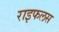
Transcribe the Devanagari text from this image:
राइफलस